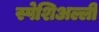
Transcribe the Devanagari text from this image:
स्पेशिअल्ली